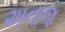
અનાજ